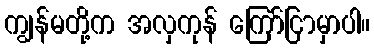
ကျွန်မတို့က အလှကုန် ကြော်ငြာမှာပါ။